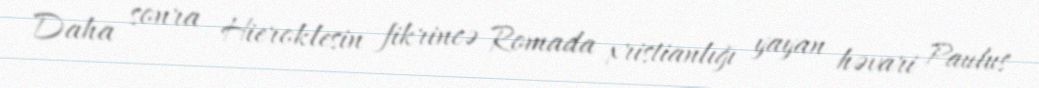
Daha sonra Hieroklesin fikrincə Romada xristianlığı yayan həvari Paulus